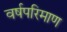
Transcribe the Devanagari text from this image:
वर्षपरिमाण